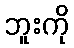
ဘူးကို